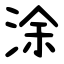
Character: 涂